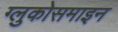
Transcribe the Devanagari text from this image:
ग्लुकोसमाइन